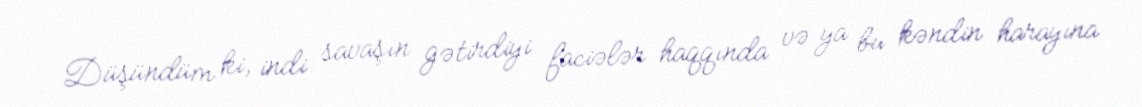
Düşündüm ki, indi savaşın gətirdiyi faciələr haqqında və ya bu kəndin harayına